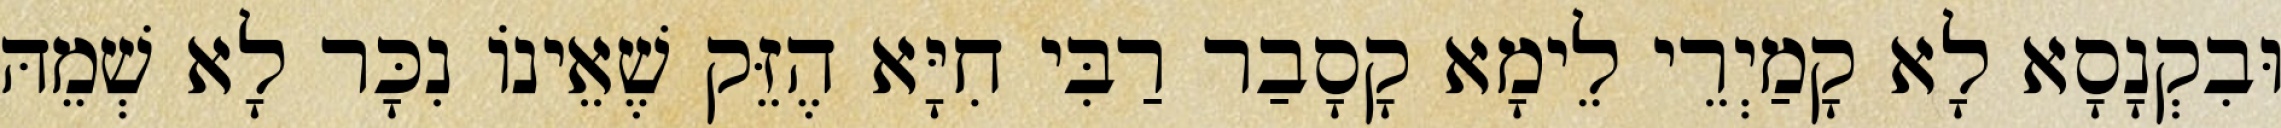
וּבִקְנָסָא לָא קָמַיְרֵי לֵימָא קָסָבַר רַבִּי חִיָּא הֶזֵּק שֶׁאֵינוֹ נִכָּר לָא שְׁמֵהּ